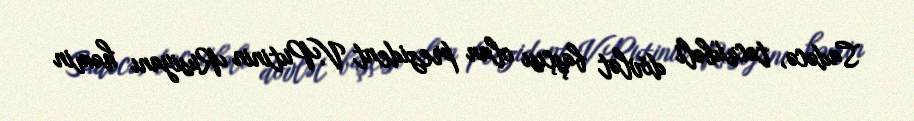
Sadəcə, təcrübəli dövlət başçısı olan prezident V.Putinin Rusiyanı həmin